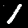
Label: 1